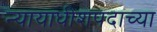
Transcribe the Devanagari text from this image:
न्यायाधीशपदाच्या